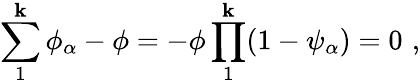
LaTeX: \sum_{1}^{\mathbf{k}}\phi_{\alpha}-\phi=-\phi\prod_{1}^{\mathbf{k}}(1-\psi_{\alpha})=0\, \, ,